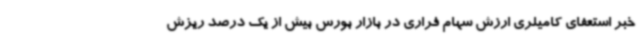
خبر استعفای کامیلری ارزش سهام فراری در بازار بورس بیش از یک درصد ریزش